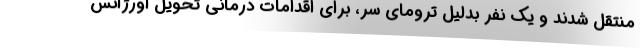
منتقل شدند و یک نفر بدلیل ترومای سر، برای اقدامات درمانی تحویل اورژانس